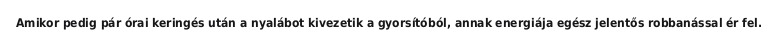
Amikor pedig pár órai keringés után a nyalábot kivezetik a gyorsítóból, annak energiája egész jelentős robbanással ér fel.